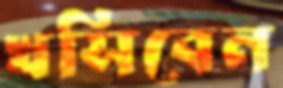
খসিবেন